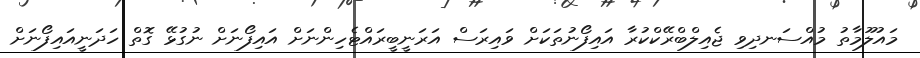
މައުލޫމާތު މުއްސަނދިވި ޖެއިލްބްރޭކްކުރާ އައިފޯނުތަކަށް ވައިރަސް އަރަނީބީރައްޓެހިންނަށް އައިފޯނަށް ނުގުޅޭ ގޮތް ހަދަނީއައިފޯނަށް